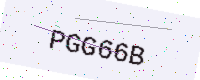
Text: PGG66B